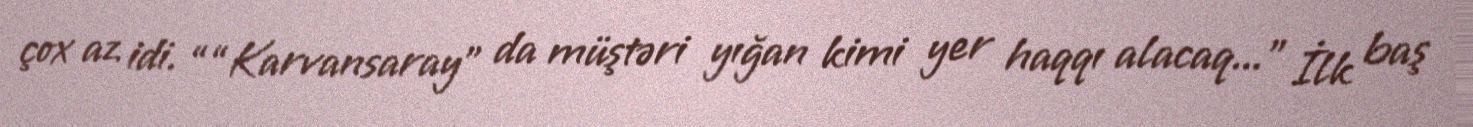
çox az idi. ““Karvansaray” da müştəri yığan kimi yer haqqı alacaq...” İlk baş